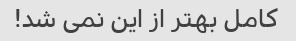
کامل بهتر از این نمی شد!